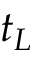
t _ { L }